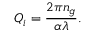
Q _ { i } = \frac { 2 \pi n _ { g } } { \alpha \lambda } .